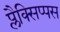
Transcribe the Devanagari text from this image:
प्लैक्सिप्पस